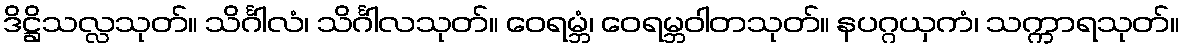
ဒိဋ္ဌိသလ္လသုတ်။ သိင်္ဂါလံ၊ သိင်္ဂါလသုတ်။ ဝေရမ္ဘံ၊ ဝေရမ္ဘဝါတသုတ်။ နပဂ္ဂယှကံ၊ သက္ကာရသုတ်။